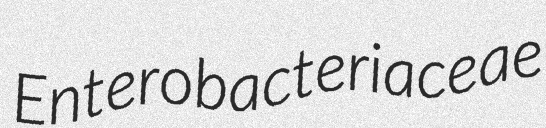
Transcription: Enterobacteriaceae